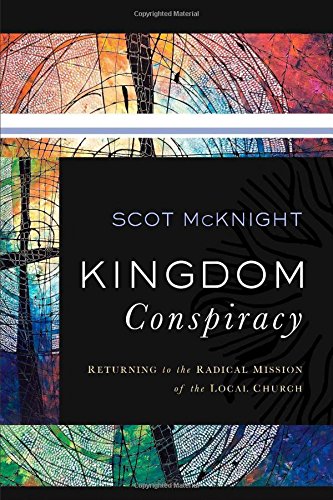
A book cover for Kingdom Conspiracy: Returning to the Radical Mission of the Local Church; Scot McKnight; Christian Books & Bibles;